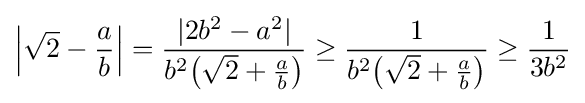
\left|{\sqrt {2}}-{\frac {a}{b}}\right|={\frac {|2b^{2}-a^{2}|}{b^{2}\!\left({\sqrt {2}}+{\frac {a}{b}}\right)}}\geq {\frac {1}{b^{2}\!\left({\sqrt {2}}+{\frac {a}{b}}\right)}}\geq {\frac {1}{3b^{2}}}